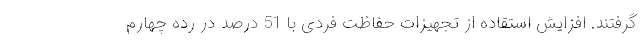
گرفتند. افزایش استقاده از تجهیزات حفاظت فردی با 51 درصد در رده چهارم